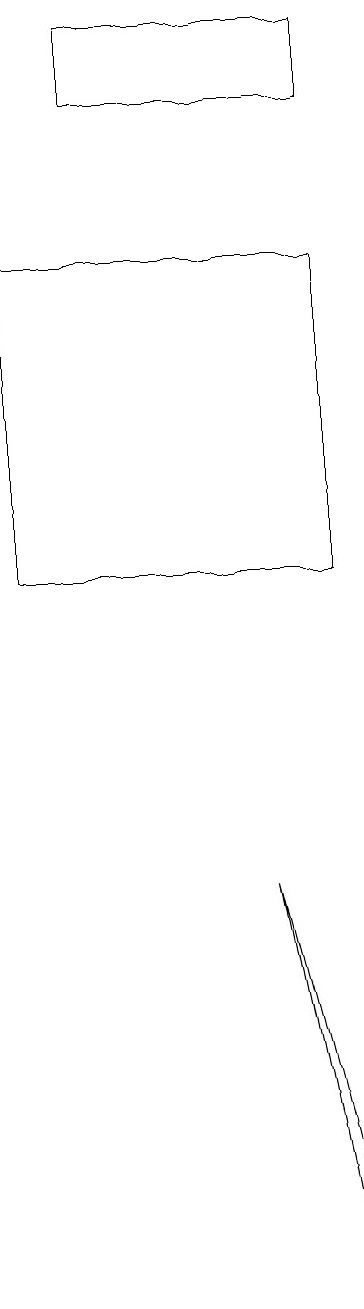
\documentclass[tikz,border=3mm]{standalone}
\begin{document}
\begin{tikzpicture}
\draw (3,16) rectangle (6,17);
\draw (6,1) -- (5,6) -- (6,2) -- cycle;
\draw (2,14) rectangle (6,10);
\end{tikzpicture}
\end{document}